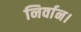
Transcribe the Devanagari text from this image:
निर्वान।